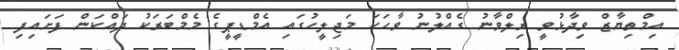
އިމްތިޔާޒް ވިދާޅުވީ ރިލްވާނު ގެއްލުނު ވާހަކަ މަޖިލީހުގައި އެމްޑީޕީގެ މެމްބަރަކު ދައްކަން ފަށައިފި